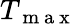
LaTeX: \textit{T}_{\mathrm{~m~a~x~}}